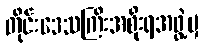
တိုင်းဒေသကြီးအစိုးရအဖွဲ့မှ